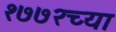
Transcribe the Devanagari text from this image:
१७७२च्या